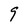
Character: 9